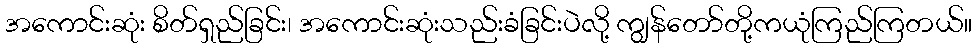
အကောင်းဆုံး စိတ်ရှည်ခြင်း၊ အကောင်းဆုံးသည်းခံခြင်းပဲလို့ ကျွန်တော်တို့ကယုံကြည်ကြတယ်။